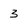
Character: 3